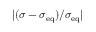
\vert ( \sigma - \sigma _ { \mathrm { e q } } ) / \sigma _ { \mathrm { e q } } \vert